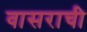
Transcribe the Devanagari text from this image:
वासराची